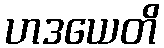
ဟဒယေတိ